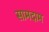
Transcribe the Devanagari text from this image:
सामदाम